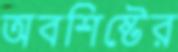
অবশিষ্টের